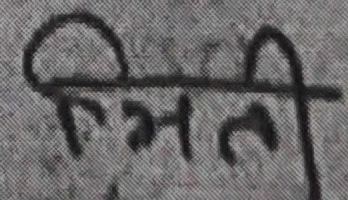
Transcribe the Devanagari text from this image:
निमाली